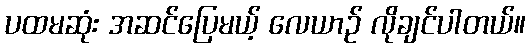
ပထမဆုံး အဆင်ပြေမယ့် လေယာဉ် လိုချင်ပါတယ်။